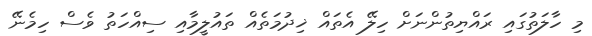
މި ހާލަތުގައި ރައްޔިތުންނަށް ހިލޭ އެތައް ޚިދުމަތެއް ތައުލީމާއި ސިއްހަތު ވެސް ހިމެނޭ